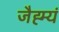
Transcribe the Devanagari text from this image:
जैह्म्यं